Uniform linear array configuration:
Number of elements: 32
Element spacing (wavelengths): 1
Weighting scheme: kaiser
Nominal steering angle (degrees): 30
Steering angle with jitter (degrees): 31.027
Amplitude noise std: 0.05
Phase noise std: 0.05

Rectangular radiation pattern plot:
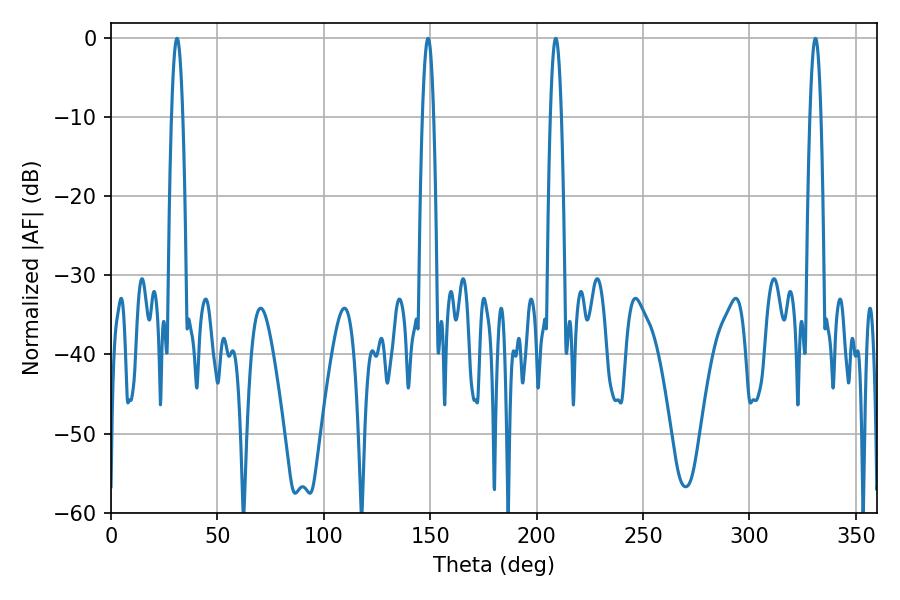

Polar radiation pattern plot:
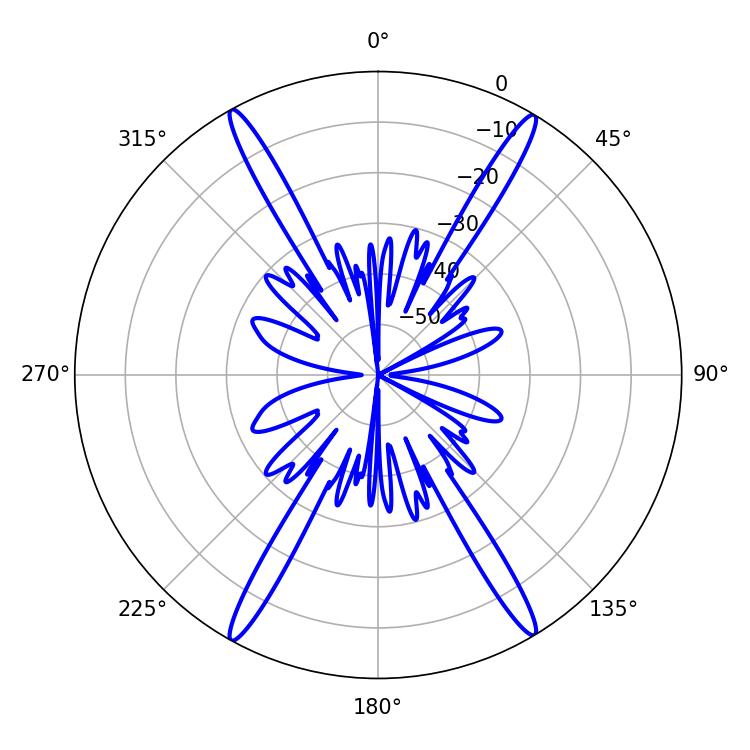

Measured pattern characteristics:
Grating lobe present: TRUE
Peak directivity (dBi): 26.603
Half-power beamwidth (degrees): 2.88
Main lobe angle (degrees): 208.98